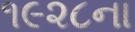
૧૯૨૮ના